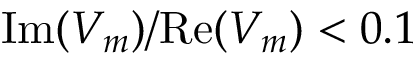
\mathrm { I m } ( V _ { m } ) / \mathrm { R e } ( V _ { m } ) < 0 . 1